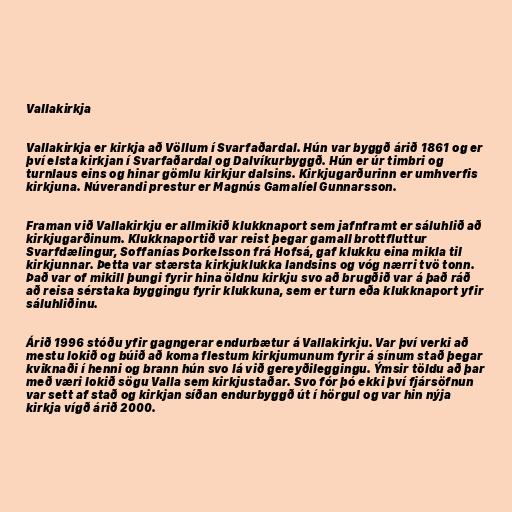
Vallakirkja

Vallakirkja er kirkja að Völlum í Svarfaðardal. Hún var byggð árið 1861 og er
því elsta kirkjan í Svarfaðardal og Dalvíkurbyggð. Hún er úr timbri og
turnlaus eins og hinar gömlu kirkjur dalsins. Kirkjugarðurinn er umhverfis
kirkjuna. Núverandi prestur er Magnús Gamalíel Gunnarsson.

Framan við Vallakirkju er allmikið klukknaport sem jafnframt er sáluhlið að
kirkjugarðinum. Klukknaportið var reist þegar gamall brottfluttur
Svarfdælingur, Soffanías Þorkelsson frá Hofsá, gaf klukku eina mikla til
kirkjunnar. Þetta var stærsta kirkjuklukka landsins og vóg nærri tvö tonn.
Það var of mikill þungi fyrir hina öldnu kirkju svo að brugðið var á það ráð
að reisa sérstaka byggingu fyrir klukkuna, sem er turn eða klukknaport yfir
sáluhliðinu.

Árið 1996 stóðu yfir gagngerar endurbætur á Vallakirkju. Var því verki að
mestu lokið og búið að koma flestum kirkjumunum fyrir á sínum stað þegar
kviknaði í henni og brann hún svo lá við gereyðileggingu. Ýmsir töldu að þar
með væri lokið sögu Valla sem kirkjustaðar. Svo fór þó ekki því fjársöfnun
var sett af stað og kirkjan síðan endurbyggð út í hörgul og var hin nýja
kirkja vígð árið 2000.